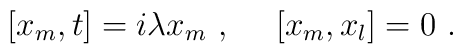
[x_m,t] = i \lambda x_m ~,~~~~[x_m, x_l] = 0 ~.